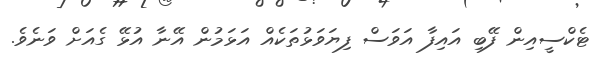
ޓެކްސީއިން ފޭބި އައިފާ އަވަސް ފިޔަވަޅުތަކެއް އަޅަމުން އޭނާ އުޅޭ ގެއަށް ވަނެވެ.